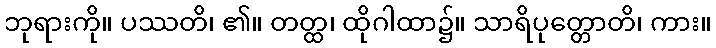
ဘုရားကို။ ပဿတိ၊ ၏။ တတ္ထ၊ ထိုဂါထာ၌။ သာရိပုတ္တောတိ၊ ကား။